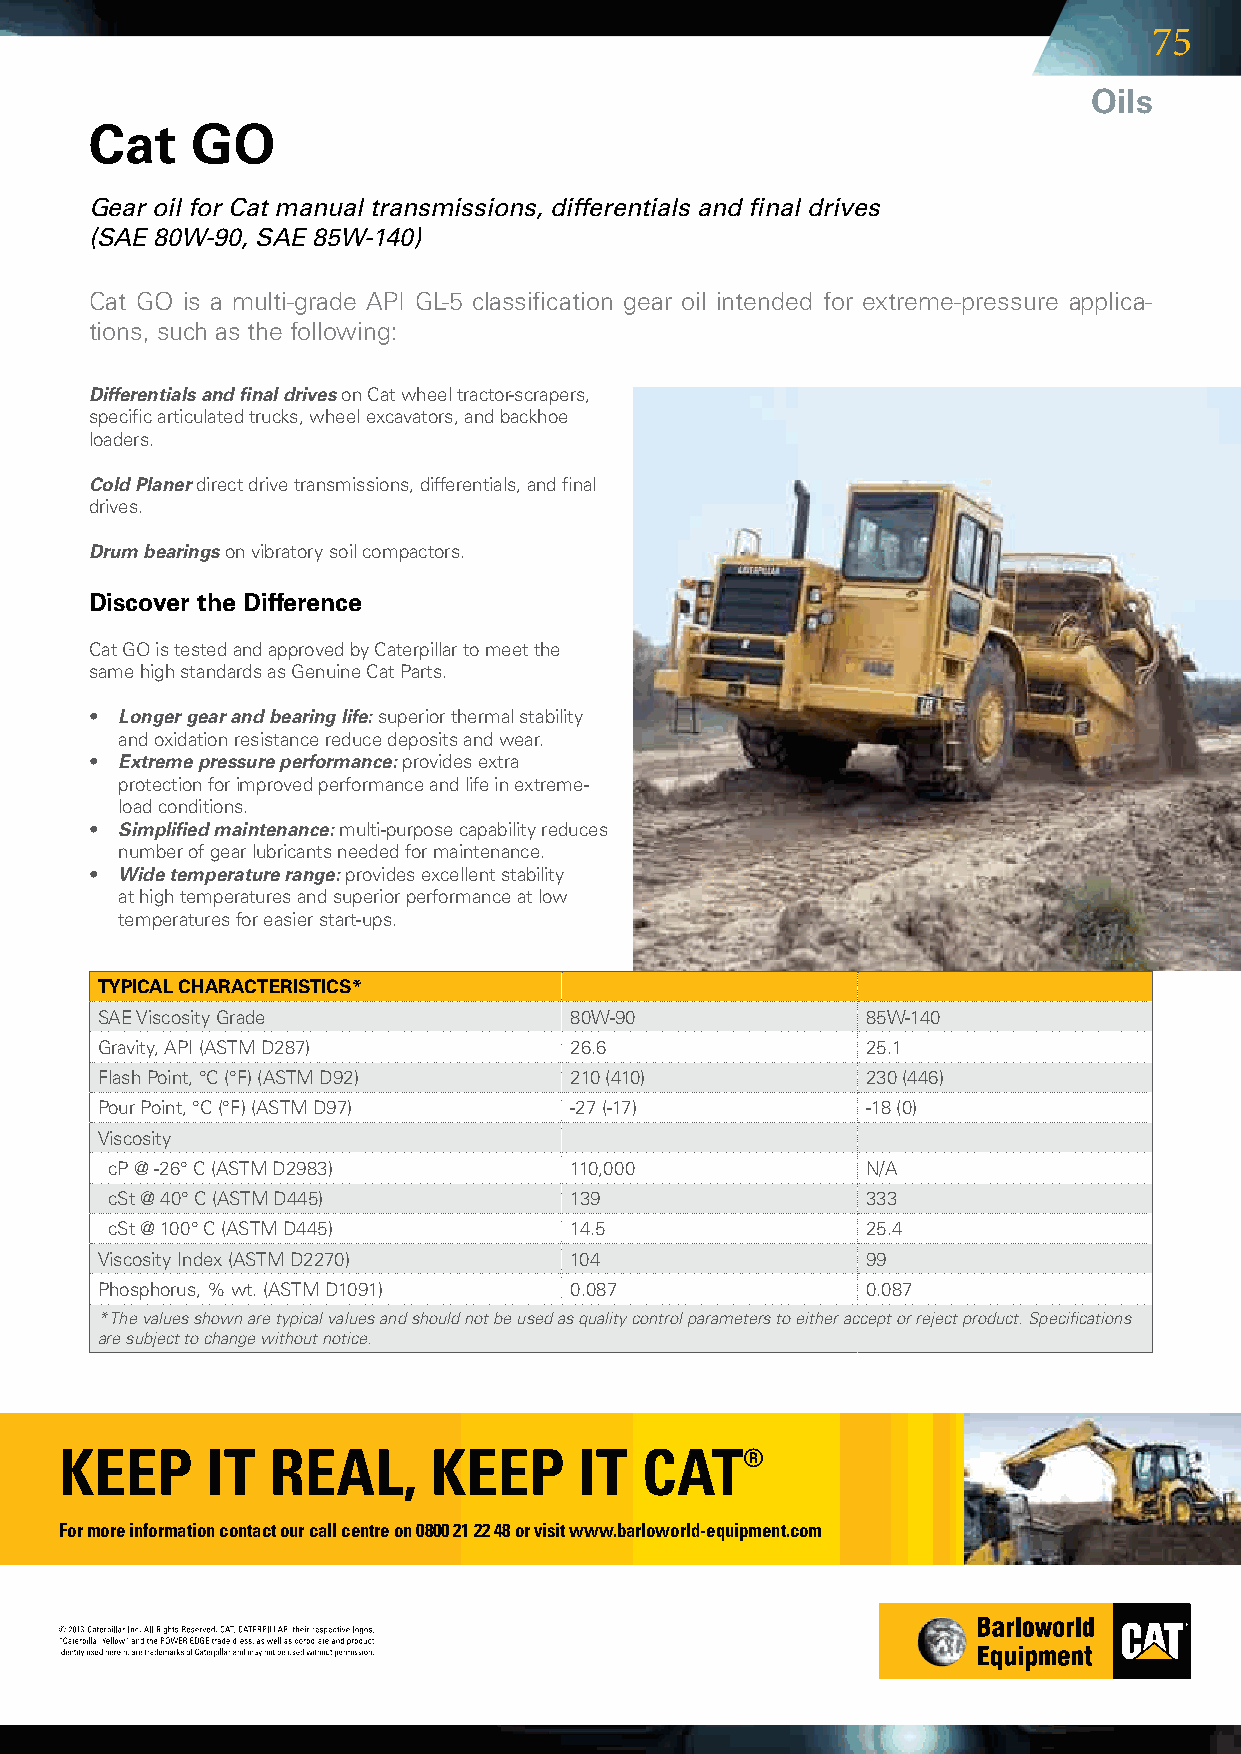
75
 Oils
 Cat    GO
 Gear oil for Cat manual transmissions, differentials and final drives
 (SAE 80W-90, SAE 85W-140)
 CatGOisamulti-gradeAPIGL-5classificationgearoilintendedforextreme-pressureapplica-
 tions,suchasthefollowing:
 Differentials and final drivesonCatwheeltractor-scrapers,
 specificarticulatedtrucks,wheelexcavators,andbackhoe
 loaders.
 Cold Planerdirectdrivetransmissions,differentials,andfinal
 drives.
 Drum bearingsonvibratorysoilcompactors.
 Discover the Difference
 CatGOistestedandapprovedbyCaterpillartomeetthe
 samehighstandardsasGenuineCatParts.
 • Longer gear and bearing life:superiorthermalstability
 andoxidationresistancereducedepositsandwear.
 • Extreme pressure performance:providesextra
 protectionforimprovedperformanceandlifeinextreme-
 loadconditions.
 • Simplified maintenance:multi-purposecapabilityreduces
 numberofgearlubricantsneededformaintenance.
 • Wide temperature range:providesexcellentstability
 athightemperaturesandsuperiorperformanceatlow
 temperaturesforeasierstart-ups.
 TYPICAL CHARACTERISTICS*
 SAEViscosityGrade            80W-90            85W-140
 Gravity,API(ASTMD287)       26.6              25.1
 FlashPoint,°C(°F)(ASTMD92) 210(410)        230(446)
 PourPoint,°C(°F)(ASTMD97) -27(-17)         -18(0)
 Viscosity
 cP@-26°C(ASTMD2983)      110,000           N/A
 cSt@40°C(ASTMD445)       139               333
 cSt@100°C(ASTMD445)      14.5              25.4
 ViscosityIndex(ASTMD2270)   104               99
 Phosphorus,%wt.(ASTMD1091) 0.087             0.087
 * The values shown are typical values and should not be used as quality control parameters to either accept or reject product. Specifications
 are subject to change without notice.
 KEEP      IT  REAL,      KEEP     IT  CAT®
 For more information contact our call centre on 0800 21 22 48 or visit www.barloworld-equipment.com
 Pg 75 (50x210).indd 1                                                     2013/05/31 3:33 PM